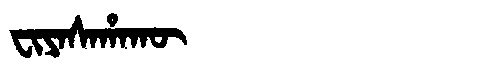
Manchu: ᠸᡳᠶᠠᠰᠠᡥᠠᡴᡡ
Romanization: FIYASAHAKŪ